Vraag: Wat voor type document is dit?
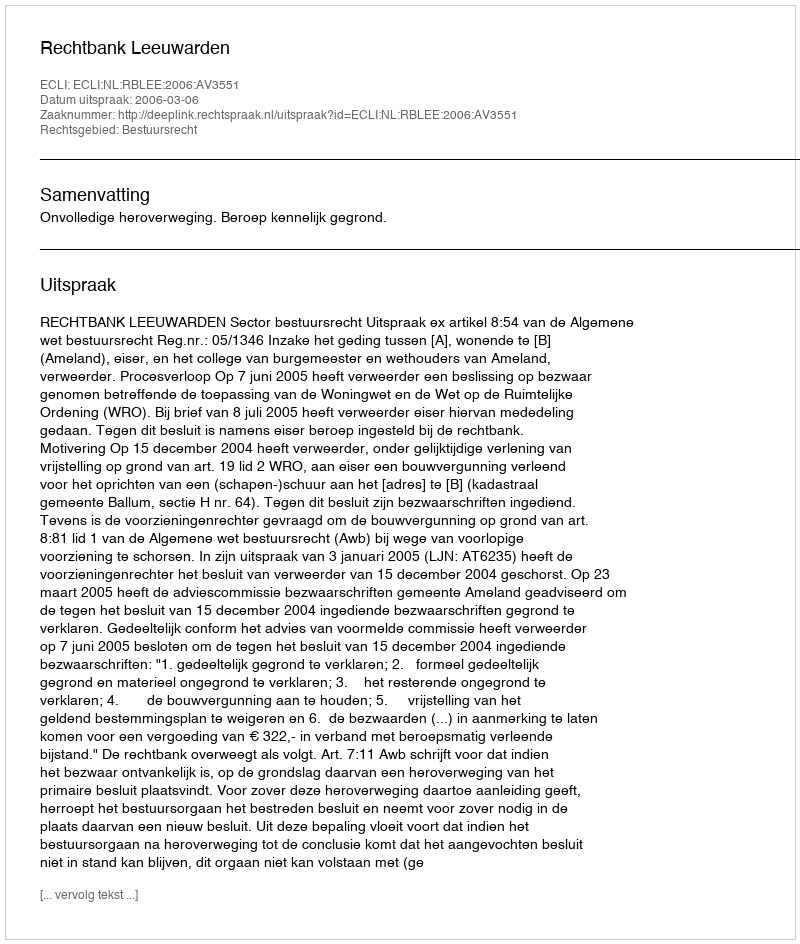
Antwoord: Uitspraak